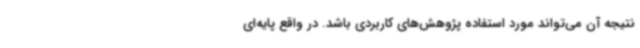
نتیجه آن می‌تواند مورد استفاده پژوهش‌های کاربردی باشد. در واقع پایه‌ای